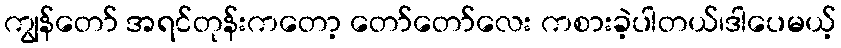
ကျွန်တော် အရင်တုန်းကတော့ တော်တော်လေး ကစားခဲ့ပါတယ်၊ဒါပေမယ့်